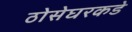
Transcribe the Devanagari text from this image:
ठोसेघरकडे